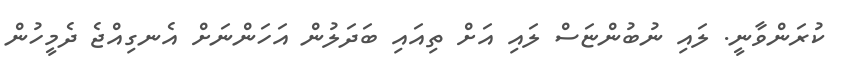
ކުރަންވާނީ. ލައި ނުބުންޏަސް ލައި އަށް ތިއައި ބަދަލުން އަހަންނަށް އެނގިއްޖެ ދެމީހުން